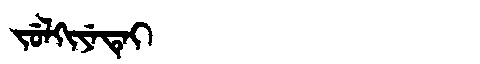
Manchu: ᠵᡠᠯᡴᡳᠶᡝᡨᡝᡳ
Romanization: JULKIYETEI